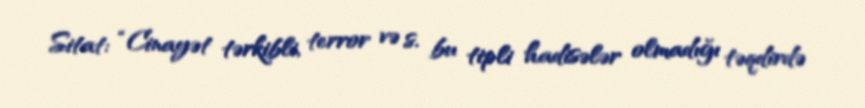
Sitat: “Cinayət tərkibli, terror və s. bu tipli hadisələr olmadığı təqdirdə